Scottish Leaving Certificate Examination, 1960
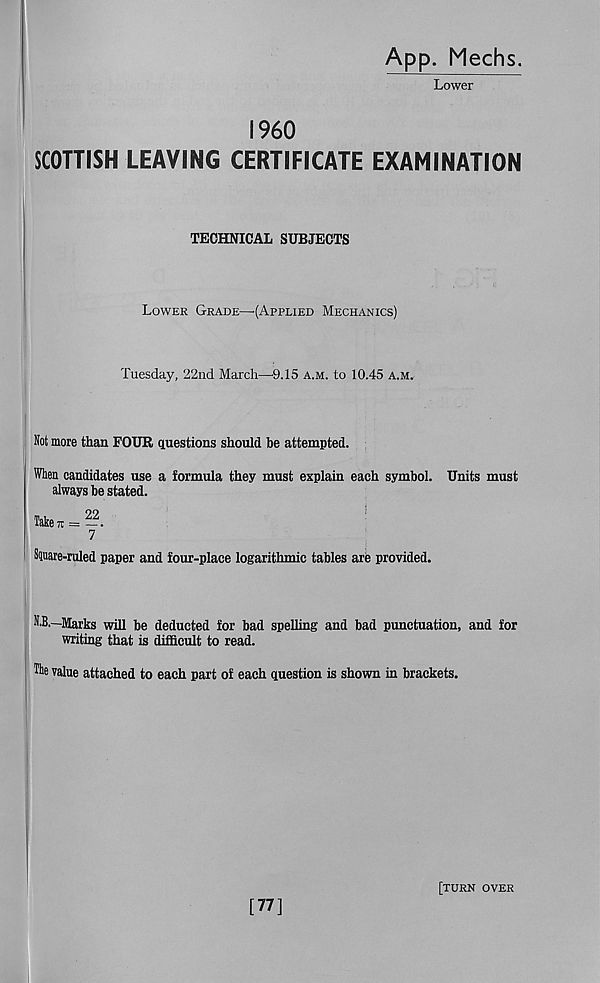
A PP- Mechs.
Lower
I960
SCOTTISH LEAVING CERTIFICATE EXAMINATION
TECHNICAL SUBJECTS
Lower Grade—{Applied Mechanics)
Tuesday, 22nd March—9.15 a.m. to 10.45 a.m.
Not more than FOUR questions should be attempted.
When candidates use a formula they must explain each symbol. Units must
always be stated.
Take = —.
7
Siuare-ruled paper and four-place logarithmic tables are provided.
N.B.—Marks will be deducted for bad spelling and bad punctuation, and for
writing that is difficult to read.
The value attached to each part of each question is shown in brackets.
[77]
[TURN OVER